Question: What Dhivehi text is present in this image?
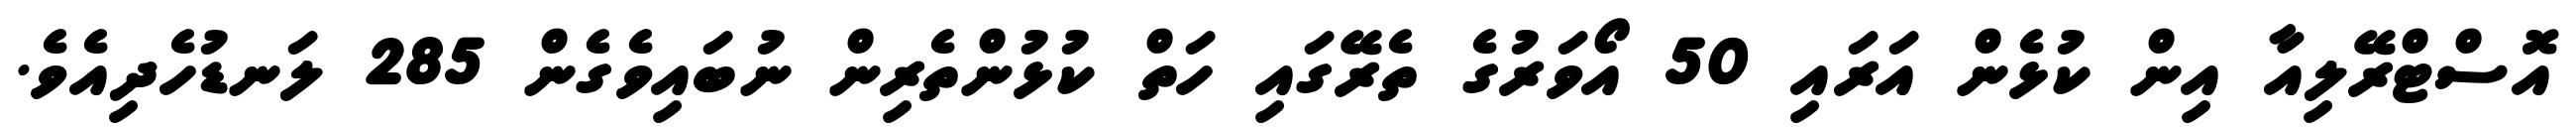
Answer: އޮސްޓްރޭލިއާ އިން ކުޅެން އަރައި 50 އޯވަރުގެ ތެރޭގައި ހަތް ކުޅުންތެރިން ނުބައިވެގެން 285 ލަނޑުހެދިއެވެ.